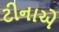
ટીનાએ